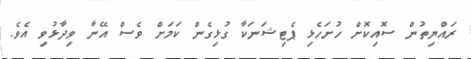
ރައްޔިތުން ސޮއިކޮށް ހުށަހެޅި ޕެޓިޝަނަކާ ގުޅިގެން ކަމަށް ވެސް އޭނާ ވިދާޅުވި އެވެ.